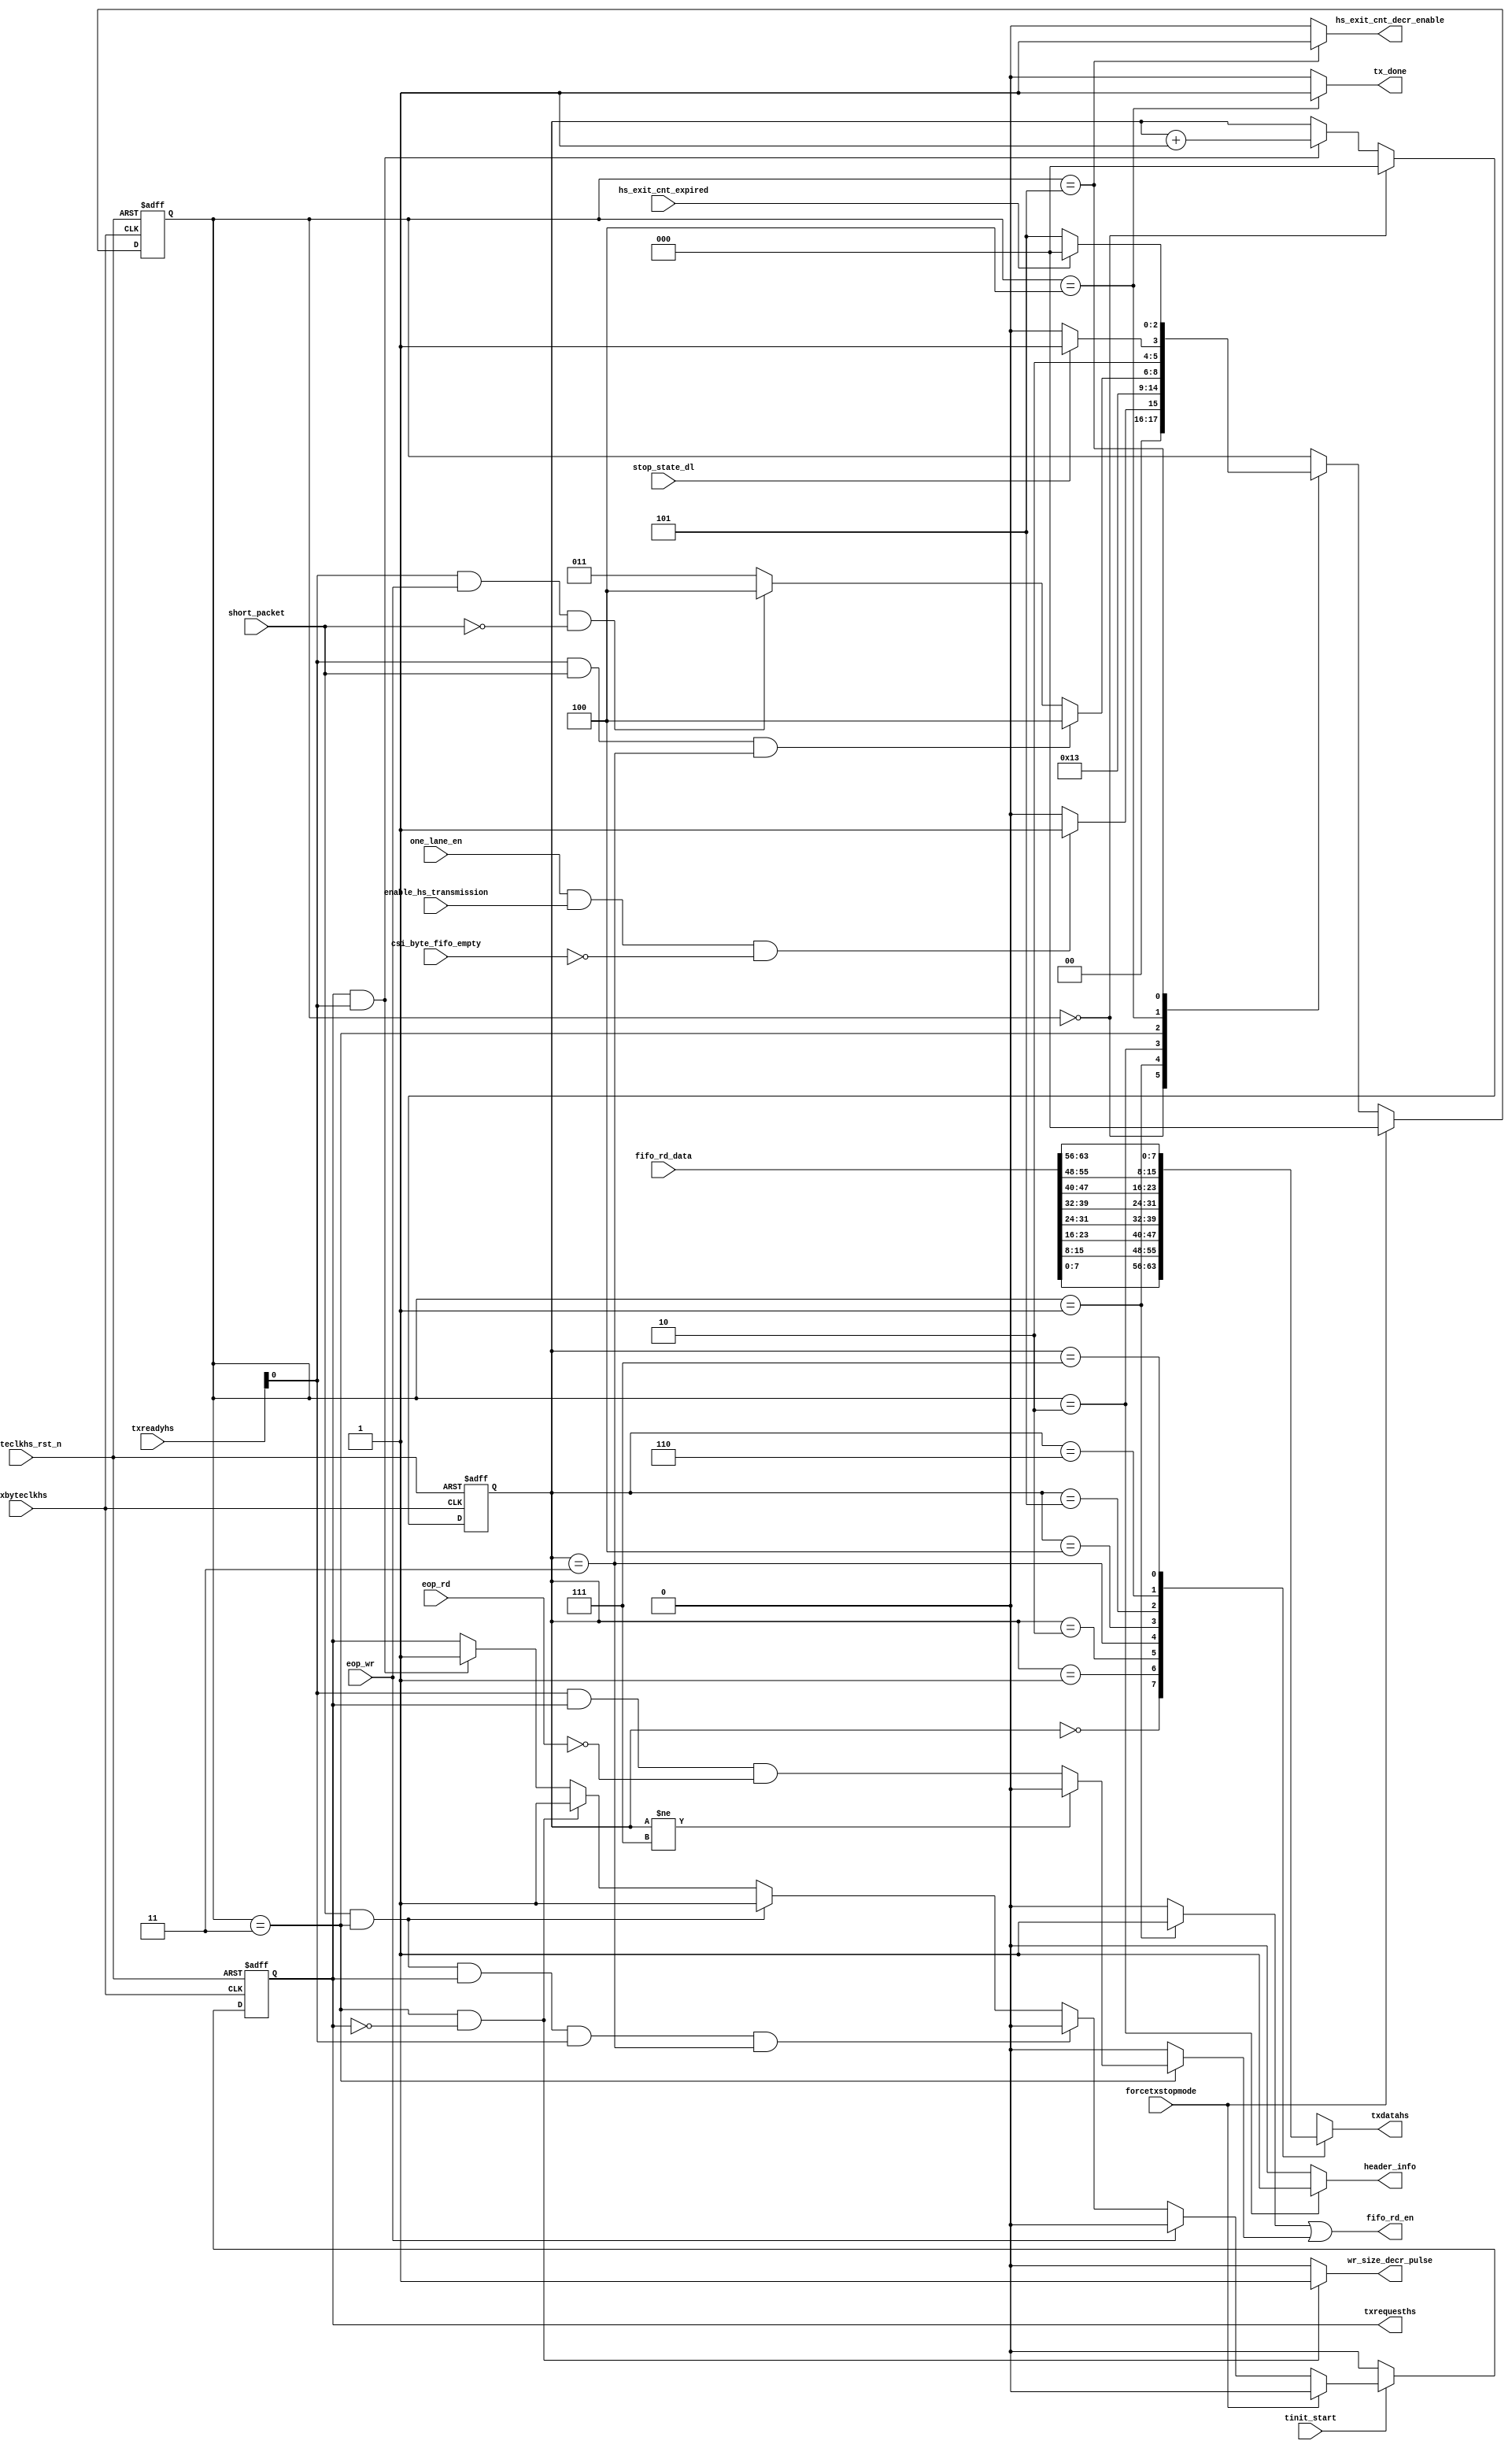
module csi2tx_one_lane_ldl 
(
 input  wire        txbyteclkhs                ,
 input  wire        txbyteclkhs_rst_n          ,
 input  wire        tinit_start                ,
 input  wire        one_lane_en                ,
 input  wire        csi_byte_fifo_empty        ,  
 input  wire        enable_hs_transmission     ,
 input  wire        short_packet               ,
 input  wire        forcetxstopmode            ,
 input  wire        eop_wr                     ,
 input  wire        eop_rd                     ,
 input  wire [7:0]  txreadyhs                  ,   
 input  wire        hs_exit_cnt_expired        ,
 input  wire        stop_state_dl              ,   
 input  wire [63:0] fifo_rd_data               ,
 output wire        wr_size_decr_pulse         ,
 output wire        fifo_rd_en                 ,
 output wire [7:0]  txdatahs                   ,
 output wire [0:0]  txrequesths                ,
 output wire        hs_exit_cnt_decr_enable    ,
 output wire        header_info                ,
 output wire        tx_done 
);

parameter IDLE                = 3'b000;
parameter RD_HDR              = 3'b001;
parameter DLY                 = 3'b010;
parameter REQ_HS              = 3'b011;
parameter STOP_STATE          = 3'b100;
parameter HS_EXIT             = 3'b101;
reg [2:0] cur_state                ;
wire       fifo_hdr_read_c          ;
reg [0:0]  txrequesths_r            ;
reg [7:0]  txdatahs_s              ;
reg [2:0]  data_mux_cnt_r          ;
reg        fifo_read_on_hready_s   ;
//------------------------------------------------------------------------------
// Internal signal declaration
// 5 Continuous read + 2 -dips
always@(posedge txbyteclkhs or negedge txbyteclkhs_rst_n) begin
 if (txbyteclkhs_rst_n == 1'b0)
  cur_state <= IDLE;
 else if (forcetxstopmode == 1'b1)
  cur_state <= IDLE;
 else
  case(cur_state)
   IDLE : begin
    if ((one_lane_en == 1'b1) && (enable_hs_transmission == 1'b1) && (csi_byte_fifo_empty == 1'b0))
     cur_state <= RD_HDR;
    else
     cur_state <= IDLE;
   end 
   RD_HDR : begin
    cur_state <= DLY;
   end
   DLY : begin
    cur_state <= REQ_HS;
   end
   REQ_HS : begin
    if ((txreadyhs[0] == 1'b1) && (short_packet == 1'b1) && (data_mux_cnt_r == 3'b011))
     cur_state <= STOP_STATE;
    else if ((txreadyhs[0] == 1'b1) && (eop_wr == 1'b1) && (short_packet == 1'b0))
     cur_state <= STOP_STATE;
    else
     cur_state <= REQ_HS;     
   end
   STOP_STATE : begin
    if (stop_state_dl == 1'b1)
     cur_state <= HS_EXIT;
    else
     cur_state <= STOP_STATE;
   end
   HS_EXIT : begin
    if (hs_exit_cnt_expired == 1'b1)
     cur_state <= IDLE;
    else
     cur_state <= HS_EXIT;
   end        
  endcase
end

assign hs_exit_cnt_decr_enable = (cur_state == HS_EXIT) ? 1'b1 : 1'b0;
assign fifo_hdr_read_c         = (cur_state == RD_HDR) ? 1'b1 : 1'b0;
assign header_info             = (cur_state == DLY) ? 1'b1 : 1'b0;

//------------------------------------------------------------------------------
always@(posedge txbyteclkhs or negedge txbyteclkhs_rst_n) begin
 if (txbyteclkhs_rst_n == 1'b0)
  data_mux_cnt_r <= 3'b0;
 else if (cur_state == IDLE)
  data_mux_cnt_r <= 3'b0;
 else if ((txreadyhs[0] == 1'b1) && (txrequesths[0] == 1'b1))
  data_mux_cnt_r <= data_mux_cnt_r + 1'b1; 
end

//------------------------------------------------------------------------------
// This logic control the read enable to FIFO. As it is 5-lane distrubution
// there will be enough data to give out DPHY. The FIFO is read 5-clock
// continuously and de-asserted for 2-clock before resumming
always@(*) begin
 if (cur_state == REQ_HS)
  if (data_mux_cnt_r != 3'b111)
   fifo_read_on_hready_s = 1'b0;
  else
   fifo_read_on_hready_s = (txreadyhs[0] & txrequesths[0] & !eop_rd);
 else
  fifo_read_on_hready_s = 1'b0;
end

assign fifo_rd_en              = (fifo_hdr_read_c | fifo_read_on_hready_s); 
assign wr_size_decr_pulse      = ((cur_state == REQ_HS) && (txrequesths_r[0] == 1'b0)) ? 1'b1 : 1'b0;
assign tx_done                 = (cur_state == STOP_STATE) ? 1'b1 : 1'b0;

//------------------------------------------------------------------------------
// Request HS generation
always@(posedge txbyteclkhs or negedge txbyteclkhs_rst_n) begin
 if (txbyteclkhs_rst_n == 1'b0)
  txrequesths_r <= 1'b0;
 else if (tinit_start == 1'b0)
  txrequesths_r <= 1'b0;
 else if (forcetxstopmode == 1'b1)
  txrequesths_r <= 1'b0;
 else if (eop_wr == 1'b1)
  txrequesths_r <= 1'b0;
 else if ((short_packet == 1'b1) && (cur_state == REQ_HS) && (txrequesths[0] == 1'b1) && (txreadyhs[0] == 1'b1) && (data_mux_cnt_r == 3'b011))
   txrequesths_r <= 1'b0;
 else if ((short_packet == 1'b1) && (cur_state == REQ_HS))
  txrequesths_r <= 1'b1;
 else if ((cur_state == REQ_HS) && (txrequesths_r[0] == 1'b0))
  txrequesths_r <= 1'b1;
 else if ((txrequesths_r[0] == 1'b1) && (txreadyhs[0] == 1'b1))
  txrequesths_r <= 1'b1;
end

always@(*) begin
 case(data_mux_cnt_r)
  3'b000  : txdatahs_s = fifo_rd_data[7:0];
  3'b001  : txdatahs_s = fifo_rd_data[15:8];
  3'b010  : txdatahs_s = fifo_rd_data[23:16];
  3'b011  : txdatahs_s = fifo_rd_data[31:24];
  3'b100  : txdatahs_s = fifo_rd_data[39:32];
  3'b101  : txdatahs_s = fifo_rd_data[47:40];
  3'b110  : txdatahs_s = fifo_rd_data[55:48];
  3'b111  : txdatahs_s = fifo_rd_data[63:56];
  default : txdatahs_s = fifo_rd_data[7:0];
 endcase
end

assign txrequesths = txrequesths_r;
assign txdatahs = txdatahs_s;

endmodule